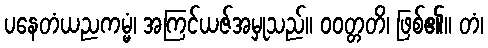
ပနေတံယညကမ္မံ၊ အကြင်ယဇ်အမှုသည်။ ဝဝတ္တတိ၊ ဖြစ်၏။ တံ၊